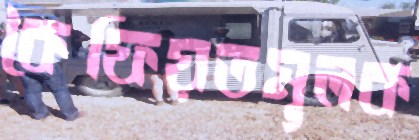
কৈফিয়তমূলক